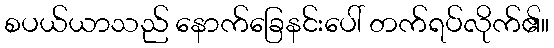
စပယ်ယာသည် နောက်ခြေနင်းပေါ် တက်ရပ်လိုက်၏။